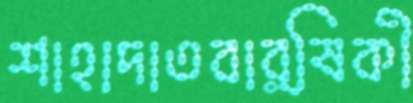
শাহাদাতবার্ষিকী